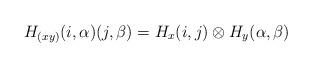
LaTeX: \begin{align*}H_{(xy)}(i,\alpha)(j,\beta)=H_x(i,j)\otimes H_y(\alpha,\beta)\end{align*}